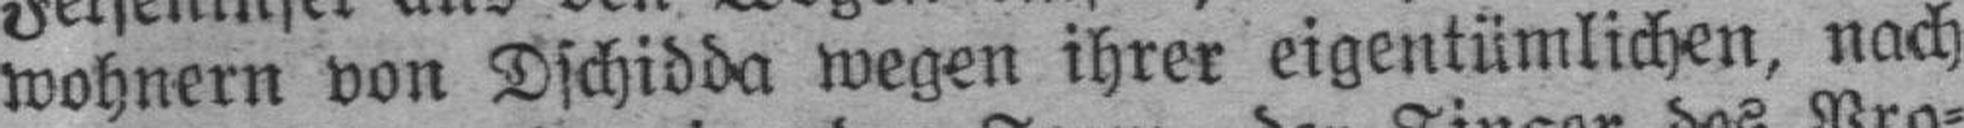
wohnern von Dschidda wegen ihrer eigentümlichen, nach